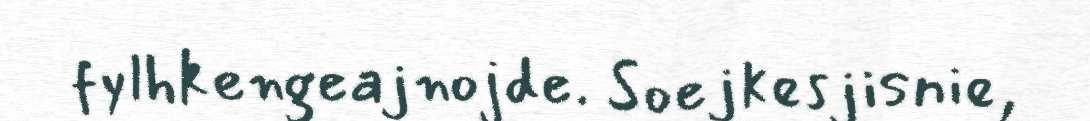
fylhkengeajnojde. Soejkesjisnie,